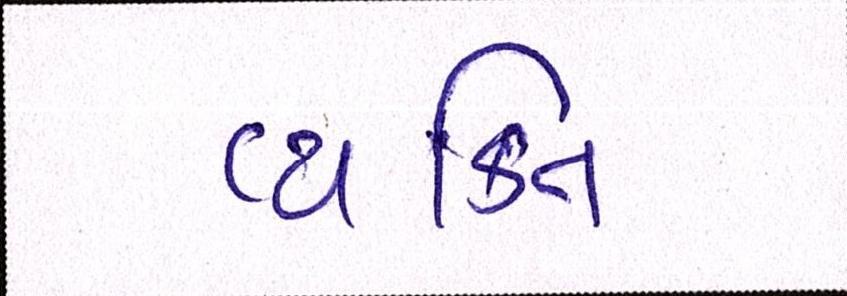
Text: વ્યક્તિ